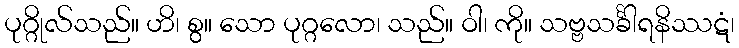
ပုဂ္ဂိုလ်သည်။ ဟိ၊ စွ။ သော ပုဂ္ဂလော၊ သည်။ ဝါ၊ ကို။ သဗ္ဗသင်္ခါရနိဿဋံ၊